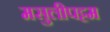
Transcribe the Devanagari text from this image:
मसुलीपट्टम